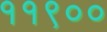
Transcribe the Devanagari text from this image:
११९००